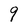
Character: 9